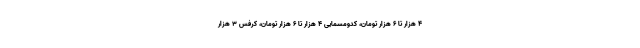
۴ هزار تا ۶ هزار تومان، کدومسمایی ۴ هزار تا ۶ هزار تومان، کرفس ۳ هزار